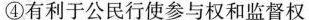
④有利于公民行使参与权和监督权